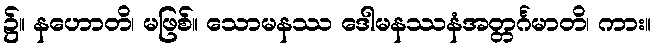
၌။ နဟောတိ၊ မဖြစ်။ သောမနဿ ဒေါမနဿနံအတ္တင်္ဂမာတိ၊ ကား။